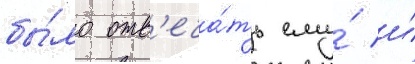
бы́ло отв'еча́ть ему́ и́